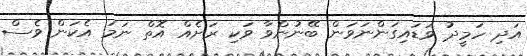
އަދި ހަމީދު ވަޑައިގަންނަވަން ބޭނުންވާ ވަކި ރަށެއް އޮތް ނަމަ އެކަން ވެސް